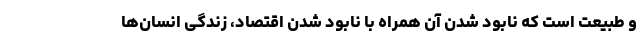
و طبیعت است که نابود شدن آن همراه با نابود شدن اقتصاد، زندگی انسان‌ها